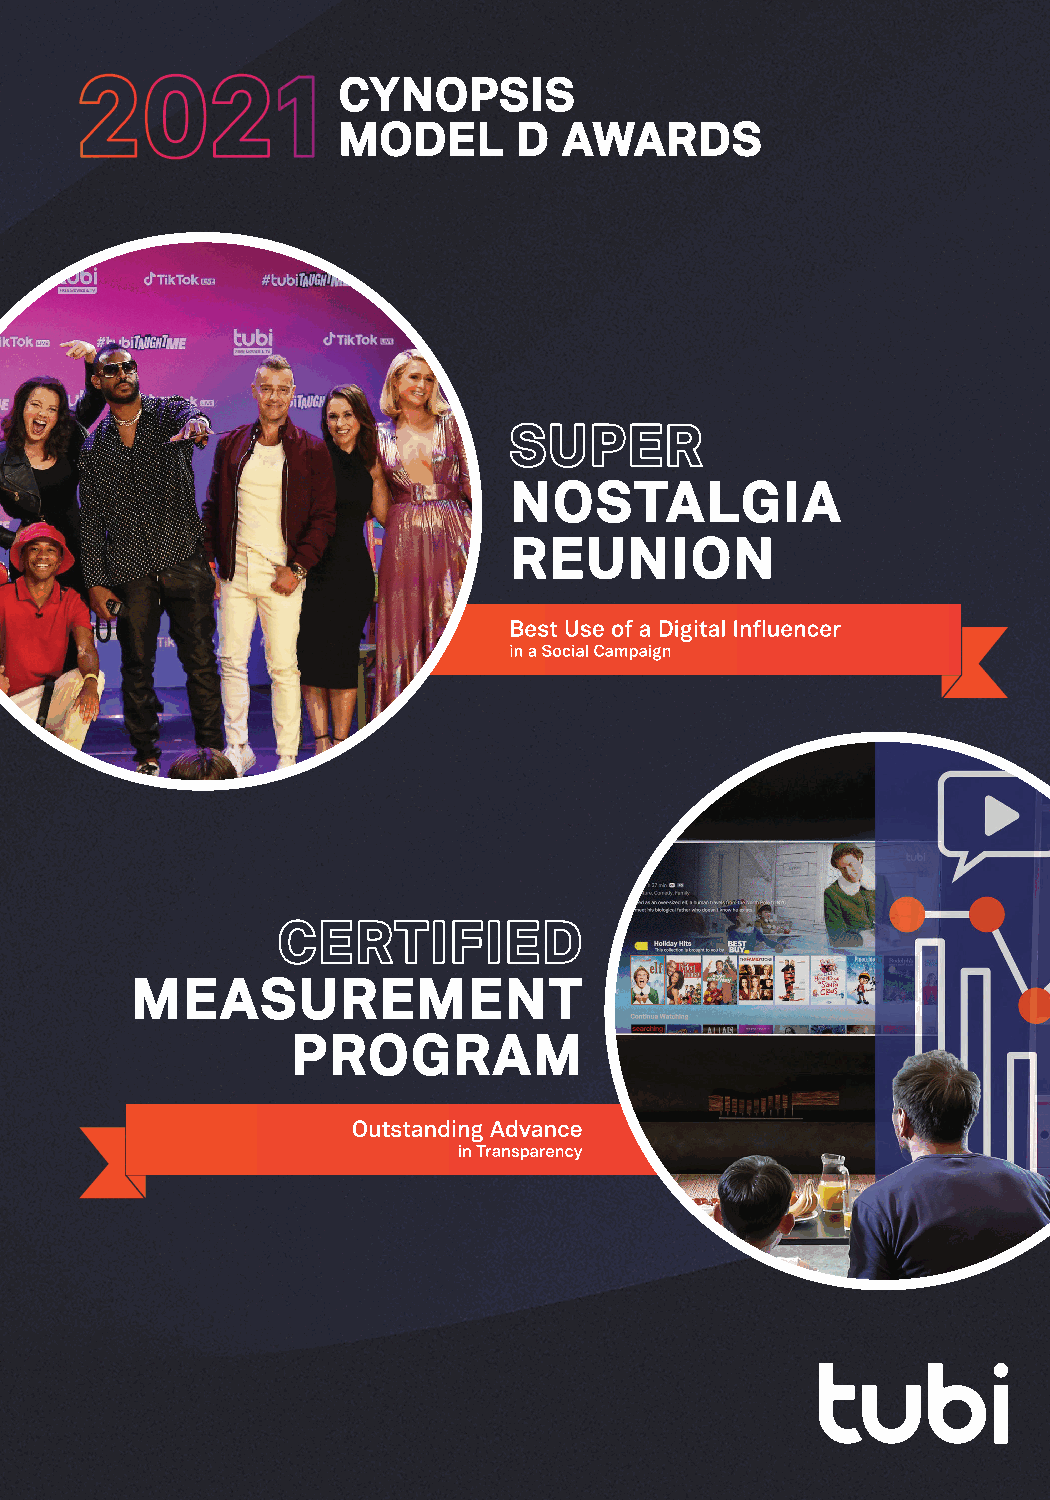
#CYNDIGITAL | @CYNOPSISMEDIA                   9